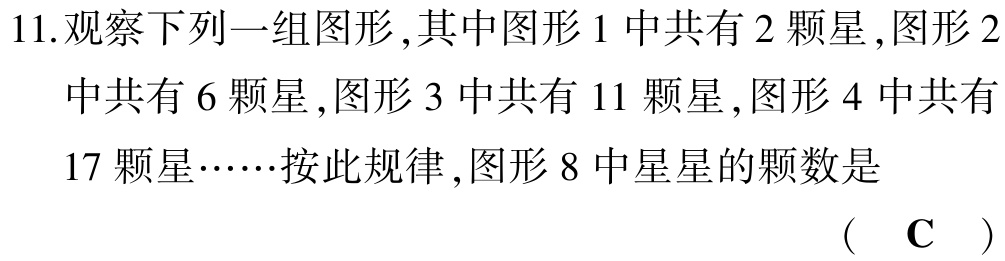
11.观察下列一组图形,其中图形 1 中共有 2 颗星,图形 2 中共有 6 颗星,图形 3 中共有 11 颗星,图形 4 中共有 17 颗星……按此规律,图形 8 中星星的颗数是 （ C ）